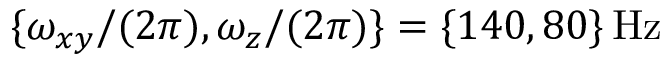
\{ \omega _ { x y } / ( 2 \pi ) , \omega _ { z } / ( 2 \pi ) \} = \{ 1 4 0 , 8 0 \} \, \mathrm { H z }